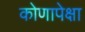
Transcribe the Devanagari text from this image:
कोणापेक्षा